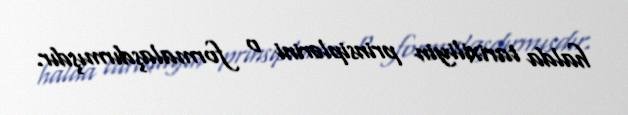
halda tarixiliyin prinsiplərini o formalaşdırmışdır.